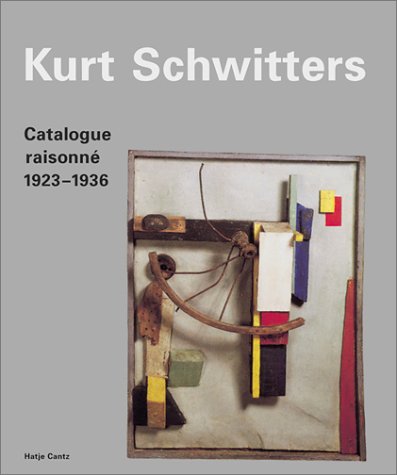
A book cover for Kurt Schwitters: Catalogue RaisonnÃ©, Vol. 2, 1923-1936; Arts & Photography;